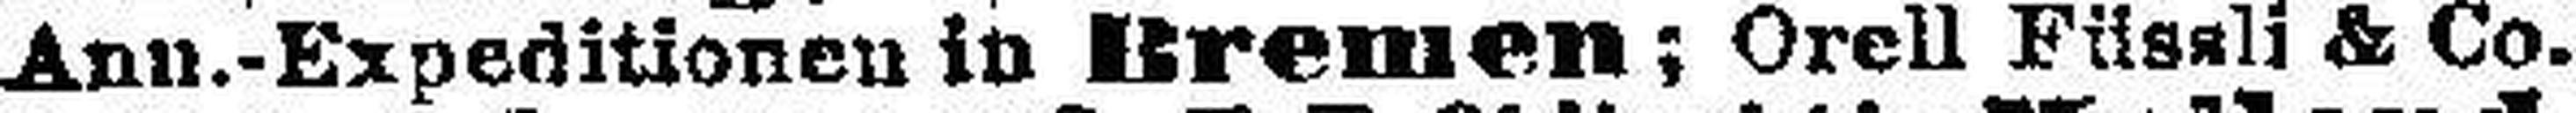
Ann.-Expeditionen in Bremen; Orell Füsali & Co.